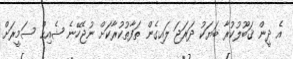
އެ ދީން ޤަބޫލުކުރާ ބަޔަކު ދަރަޖަ ލައިގެން ތަފާތުކުރާކަށް ނުޖެހޭނެ ޝެއިޙް ސަމީރަށް